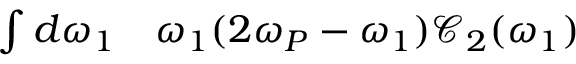
\begin{array} { r l } { \int d \omega _ { 1 } } & { { } \omega _ { 1 } ( 2 \omega _ { P } - \omega _ { 1 } ) \mathcal { C } _ { 2 } ( \omega _ { 1 } ) } \end{array}